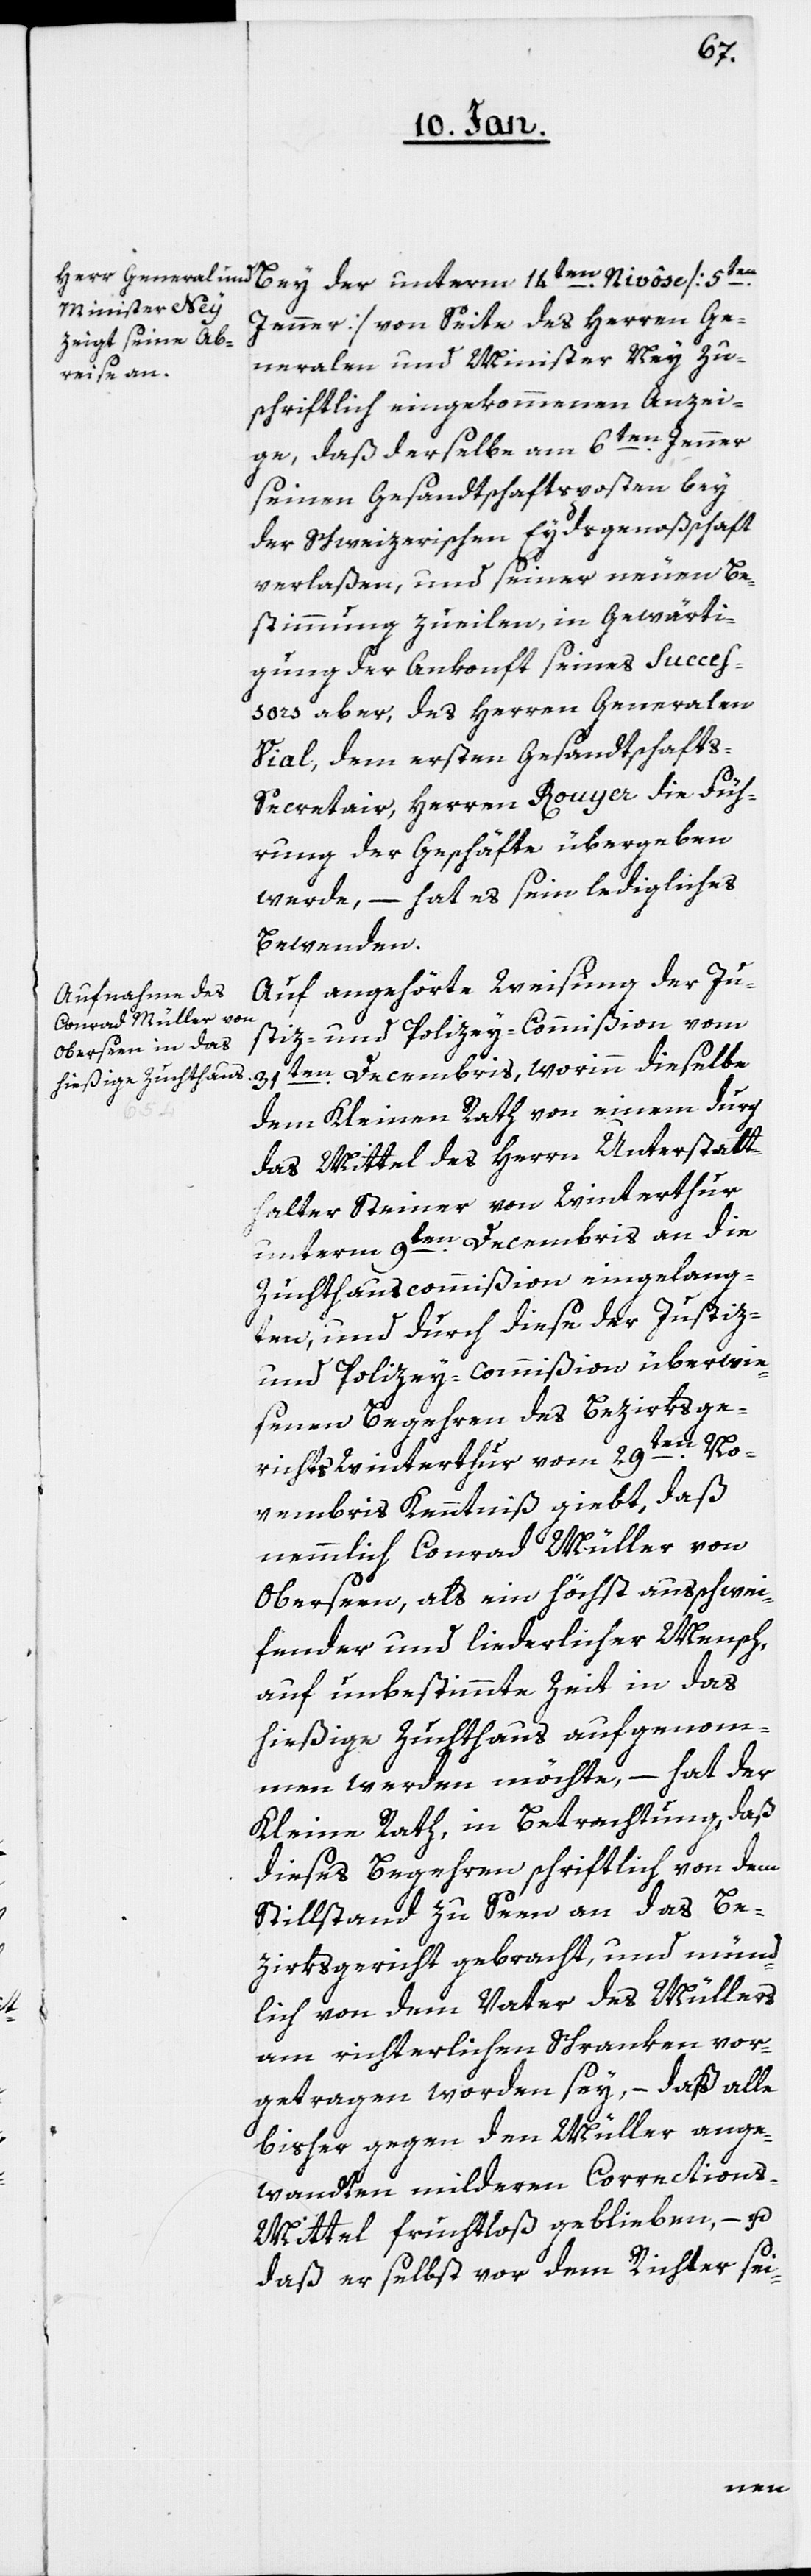
Jenner] von Seite des Herren Ge¬
neralen und Minister Ney zu¬
schriftlich eingekommenen Anzei¬
ge, daß derselbe am 6ten. Jenner
seinen Gesandtschaftsposten bey
der Schweizerischen Eydsgenoßschaft
verlaßen, und seiner neuen Be¬
stimmung zueilen, in Gewärti¬
gung der Ankonft seines Succes¬
sors aber, des Herren Generalen
Vial, dem ersten Gesandtschaft¬
s-Secretair, Herren Rouyer die Füh¬
rung der Geschäfte übergeben
werde, – hat es sein ledigliches
Bewenden.
Auf angehörte Weisung der Ju¬
stiz- und Polizey-Commißion vom
31sten Decembris, worinn dieselbe
dem Kleinen Rath von einem durch
das Mittel des Herrn Unterstatt¬
halter Steiner von Winterthur
unterm 9ten Decembris an die
Zuchthauscommißion eingelang¬
ten, und durch diese der Justiz-
und Polizey-Commißion überwie¬
senen Begehren des Bezirksge¬
richts Winterthur vom 29sten. No¬
vembris Kenntniß giebt, daß
nemmlich Conrad Müller von
Oberseen, als ein höchst ausschwei¬
fender und liederlicher Mensch,
auf unbestimmte Zeit in das
hießige Zuchthaus aufgenom¬
men werden möchte, – hat der
Kleine Rath, in Betrachtung, daß
dieses Begehren schriftlich von dem
Stillstand zu Seen an das Be¬
zirksgericht gebracht, und münd¬
lich von dem Vater des Müllers
am richterlichen Schranken vor¬
getragen worden sey, – daß alle
bisher gegen den Müller ange¬
wandten milderen Corrections-M¬
ittel fruchtlos geblieben, – u.
daß er selbst vor dem Richter sei-